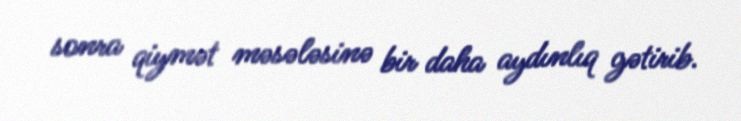
sonra qiymət məsələsinə bir daha aydınlıq gətirib.